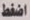
اضغط